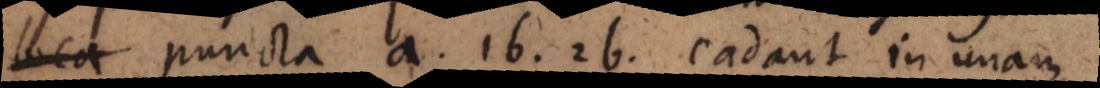
loca puncta a, 1b, 2b cadant in unam